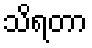
သိရတာ